Veterinary [1916] -
Year: 1916
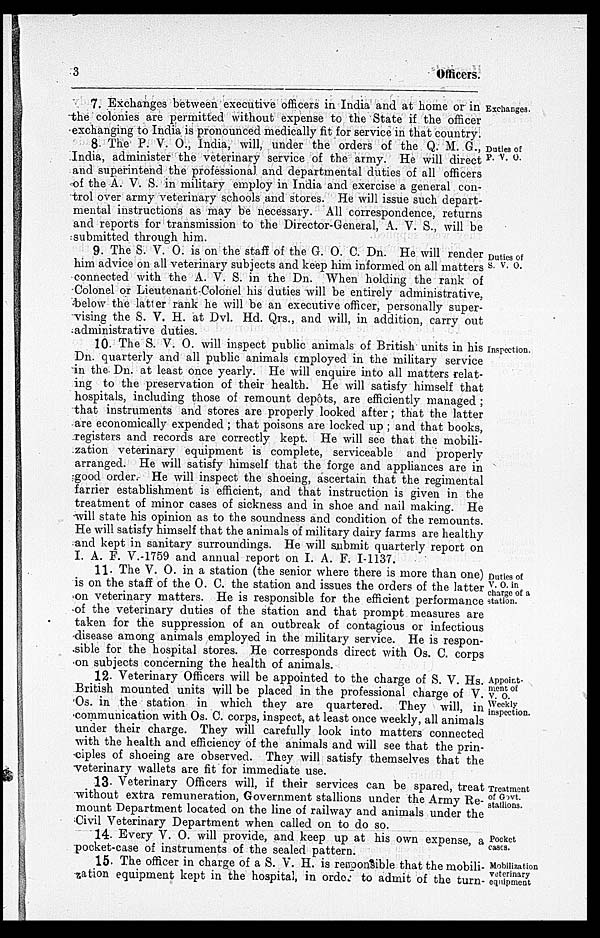
3
Officers.
Exchanges.
7. Exchanges between executive officers in India and at home or in
the colonies are permitted without expense to the State if the officer
exchanging to India is pronounced medically fit for service in that country.
Duties of
P. V. O.
8 The P. V. O., India, will, under the orders of the Q. M. G.,
India, administer the veterinary service of the army. He will direct
and superintend the professional and departmental duties of all officers
of the A. V. S. in military employ in India and exercise a general con-
trol over army veterinary schools and stores. He will issue such depart-
mental instructions as may be necessary. All correspondence, returns
and reports for transmission to the Director-General, A. V. S., will be
submitted through him.
Duties of
S. V. O.
9. The S. V. O. is on the staff of the G. O. C. Dn. He will render
him advice on all veterinary subjects and keep him informed on all matters
connected with the A. V. S. in the Dn. When holding the rank of
Colonel or Lieutenant-Colonel his duties will be entirely administrative,
below the latter rank he will be an executive officer, personally super-
vising the S. V. H. at Dvl. Hd. Qrs., and will, in addition, carry out
administrative duties.
Inspection.
10. The S. V. O. will inspect public animals of British units in his
Dn. quarterly and all public animals employed in the military service
in the Dn. at least once yearly. He will enquire into all matters relat-
ing to the preservation of their health. He will satisfy himself that
hospitals, including those of remount depots, are efficiently managed ;
that instruments and stores are properly looked after ; that the latter
are economically expended ; that poisons are locked up ; and that books,
registers and records are correctly kept. He will see that the mobili-
zation veterinary equipment is complete, serviceable and properly
arranged. He will satisfy himself that the forge and appliances are in
good order. He will inspect the shoeing, ascertain that the regimental
farrier establishment is efficient, and that instruction is given in the
treatment of minor cases of sickness and in shoe and nail making. He
will state his opinion as to the soundness and condition of the remounts.
He will satisfy himself that the animals of military dairy farms are healthy
and kept in sanitary surroundings. He will submit quarterly report on
I. A. F. V.-1759 and annual report on I. A. F. I-1137.
Duties of
V. O. in
charge of a
station.
11. The V. O. in a station (the senior where there is more than one)
is on the staff of the O. C. the station and issues the orders of the latter
on veterinary matters. He is responsible for the efficient performance
of the veterinary duties of the station and that prompt measures are
taken for the suppression of an outbreak of contagious or infectious
disease among animals employed in the military service. He is respon-
sible for the hospital stores. He corresponds direct with Os. C. corps
on subjects concerning the health of animals.
Appoint-
ment of
V. O.
Weekly
inspection.
12. Veterinary Officers will be appointed to the charge of S. V. Hs.
British mounted units will be placed in the professional charge of V.
Os. in the station in which they are quartered. They will, in
communication with Os. C. corps, inspect, at least once weekly, all animals
under their charge. They will carefully look into matters connected
with the health and efficiency of the animals and will see that the prin-
ciples of shoeing are observed. They will satisfy themselves that the
veterinary wallets are fit for immediate use.
Treatment
of Govt.
stallions.
13. Veterinary Officers will, if their services can be spared, treat
without extra remuneration, Government stallions under the Army Re-
mount Department located on the line of railway and animals under the
Civil Veterinary Department when called on to do so.
Pocket
cases.
14. Every V. O. will provide, and keep up at his own expense, a
pocket-case of instruments of the sealed pattern.
Mobilization
veterinary
equipment
15. The officer in charge of a S. V. H. is responsible that the mobili-
-ation equipment kept in the hospital, in order to admit of the turn-